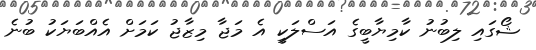
ޝޯގައި ލިބުނު ކާމިޔާބީގެ އަސްލަކީ އެ މަޖާ މިޒާޖު ކަމަށް އެއްބަޔަކު ބުނެ